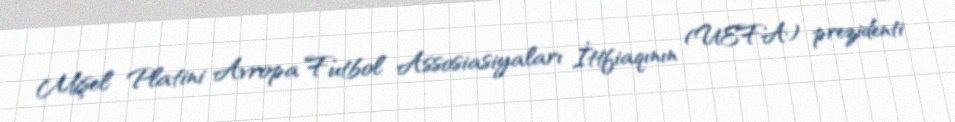
Mişel Platini Avropa Futbol Assosiasiyaları İttfiaqının (UEFA) prezidenti